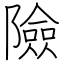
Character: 險